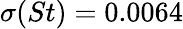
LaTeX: \sigma(St)=0.0064